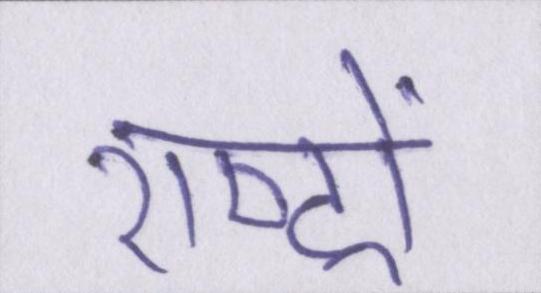
राष्ट्रों